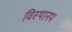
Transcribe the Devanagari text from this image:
विस्थानप